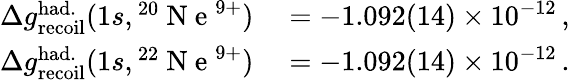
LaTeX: \begin{array}{rl}{\Delta g_{\mathrm{recoil}}^{\mathrm{had.}}(1s,{}^{20}\mathrm{~N~e~}^{9+})}&{{}=-1.092(14)\times 10^{-12}\, ,}\\ {\Delta g_{\mathrm{recoil}}^{\mathrm{had.}}(1s,{}^{22}\mathrm{~N~e~}^{9+})}&{{}=-1.092(14)\times 10^{-12}\, .}\end{array}